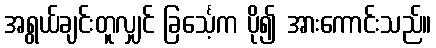
အရွယ်ချင်းတူလျှင် ခြင်္သေ့က ပို၍ အားကောင်းသည်။